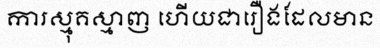
ការស្មុគស្មាញ ហើយជារឿងដែលមាន